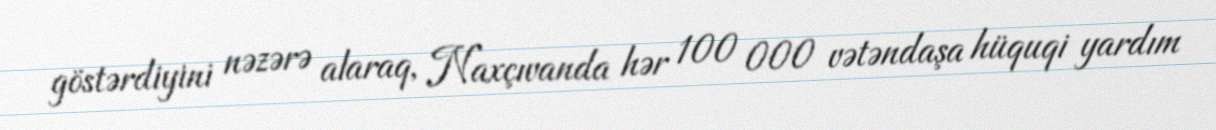
göstərdiyini nəzərə alaraq, Naxçıvanda hər 100 000 vətəndaşa hüquqi yardım